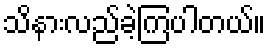
သိနားလည်ခဲ့ကြပါတယ်။